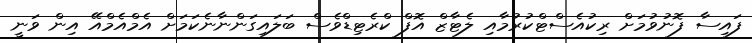
ފައިސާ ފޮނުވުމަށް ރިކުއެސްޓްކުރުމާއި ލެޓާޒް އޮފް ކްރެޓިޑްވެސް ބަލައިގަންނާނެކަމަށް އެމްއެމްއޭ އިން ވަނީ